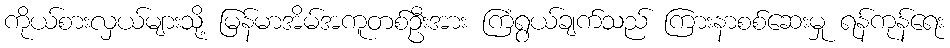
ကိုယ်စားလှယ်များသို့ မြန်မာအိမ်အကူတစ်ဦးအား ကြံရွယ်ချက်သည် ကြားနာစစ်ဆေးမှု ရန်ကုန်ရေး